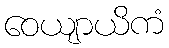
ဝေယျာယိကံ